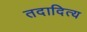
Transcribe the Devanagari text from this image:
तदादित्य